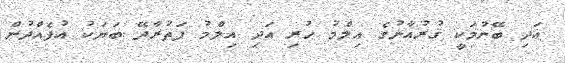
އަދި ބޭނުމަކީ ޤުރުއާނުގެ އިލްމު ހުރި އަދި އިލްމު ފަތުރާދޭ ބަޔަކު އުފެއްދުން